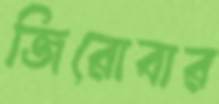
জিরোবার